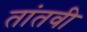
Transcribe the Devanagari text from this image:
तांतवी